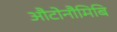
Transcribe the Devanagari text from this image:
औटोनौमिबि